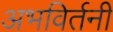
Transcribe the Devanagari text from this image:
अभविर्तनी